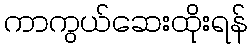
ကာကွယ်ဆေးထိုးရန်